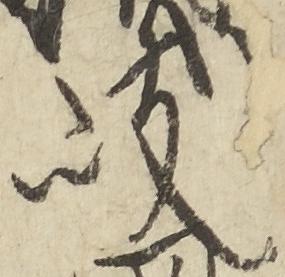
岐